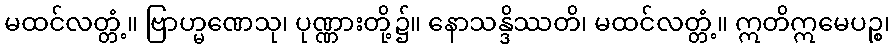
မထင်လတ္တံ့။ ဗြာဟ္မဏေသု၊ ပုဏ္ဏားတို့၌။ နောသန္ဒိဿတိ၊ မထင်လတ္တံ့။ ဣတိဣမေပဉ္စ၊